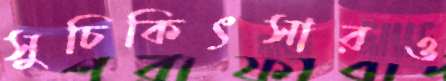
সুচিকিৎসারও